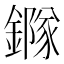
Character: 䥙